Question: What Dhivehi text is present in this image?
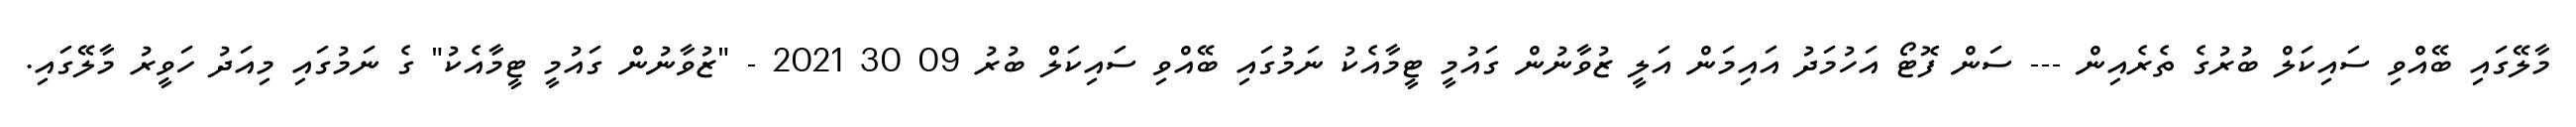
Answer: މާލޭގައި ބޭއްވި ސައިކަލް ބުރުގެ ތެރެއިން --- ސަން ފޮޓޯ އަހުމަދު އައިމަން އަލީ ޒުވާނުން ގައުމީ ޓީމާއެކު ނަމުގައި ބޭއްވި ސައިކަލް ބުރު 09 30 2021 - "ޒުވާނުން ގައުމީ ޓީމާއެކު" ގެ ނަމުގައި މިއަދު ހަވީރު މާލޭގައި.